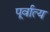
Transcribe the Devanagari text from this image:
पूर्वात्य